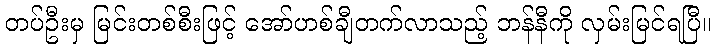
တပ်ဦးမှ မြင်းတစ်စီးဖြင့် အော်ဟစ်ချီတက်လာသည့် ဘန်နီကို လှမ်းမြင်ရပြီ။